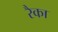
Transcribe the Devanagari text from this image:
रैका